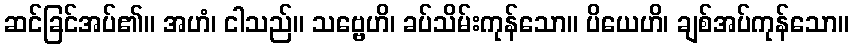
ဆင်ခြင်အပ်၏။ အဟံ၊ ငါသည်။ သဗ္ဗေဟိ၊ ခပ်သိမ်းကုန်သော။ ပိယေဟိ၊ ချစ်အပ်ကုန်သော။